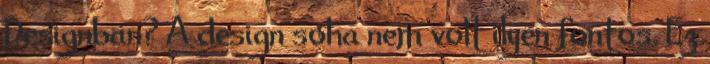
Designban? A design soha nem volt ilyen fontos. Ez